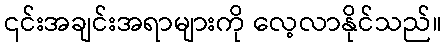
၎င်းအချင်းအရာများကို လေ့လာနိုင်သည်။